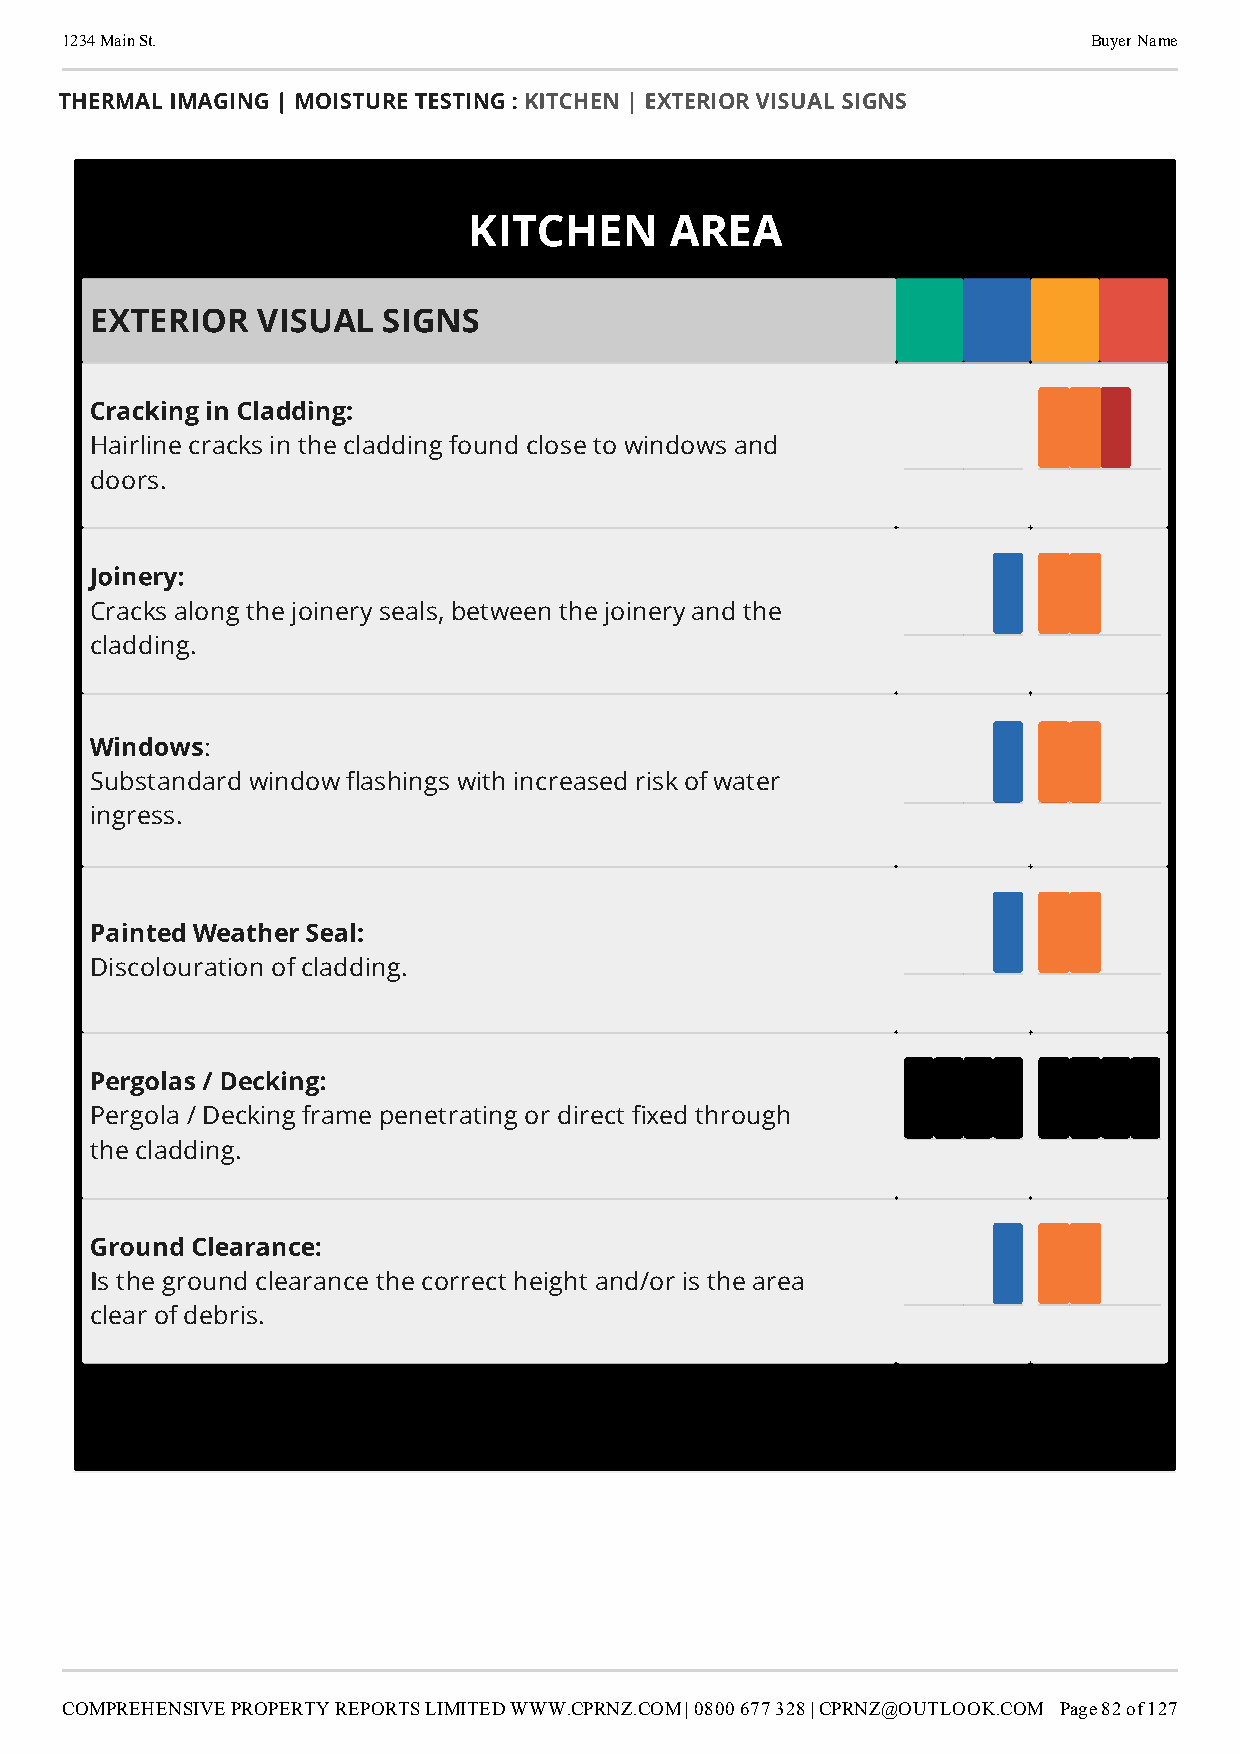
1234 Main St.                                                       Buyer Name
 THERMAL IMAGING | MOISTURE TESTING : KITCHEN | EXTERIOR VISUAL SIGNS
 KITCHEN      AREA
 EXTERIOR   VISUAL  SIGNS
 Cracking in Cladding:
 Hairline cracks in the cladding found close to windows and
 doors.
 Joinery:
 Cracks along the joinery seals, between the joinery and the
 cladding.
 Windows
 :
 Substandard window ashings with increased risk of water
 ingress.
 Painted Weather Seal:
 Discolouration of cladding.
 Pergolas / Decking:
 Pergola / Decking frame penetrating or direct xed through
 the cladding.
 Ground Clearance:
 I
 s the ground clearance the correct height and/or is the area
 clear of debris.
 COMPREHENSIVE PROPERTY REPORTS LIMITED WWW.CPRNZ.COM | 0800 677 328 | CPRNZ@OUTLOOK.COM Page 82 of 127